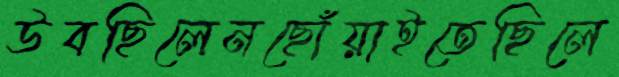
উবছিলেনছোঁয়াইতেছিলে